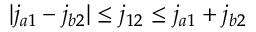
| j _ { a 1 } - j _ { b 2 } | \leq j _ { 1 2 } \leq j _ { a 1 } + j _ { b 2 }